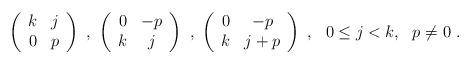
LaTeX: \begin{align*}\left(\begin{array}{cc} k& j \\ 0& p \end{array}\right)\ ,\ \left(\begin{array}{cc} 0& -p \\ k& j\end{array}\right)\ ,\ \left(\begin{array}{cc} 0& -p \\ k& j+p \end{array}\right)\ ,\ \ 0\leq j < k, \ \ p \neq 0\ .\end{align*}